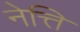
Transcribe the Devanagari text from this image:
नेत्ति